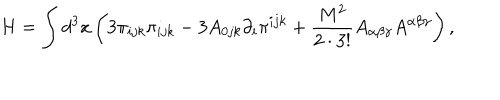
LaTeX: H = \int d ^ { 3 } x \left( 3 \pi _ { i j k } \pi _ { i j k } - 3 A _ { 0 j k } \partial _ { i } \pi ^ { i j k } + \frac { M ^ { 2 } } { 2 \cdot 3 ! } A _ { \alpha \beta \gamma } A ^ { \alpha \beta \gamma } \right) ,